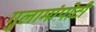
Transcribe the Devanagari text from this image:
गुलामांपोटी